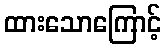
ထားသောကြောင့်